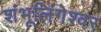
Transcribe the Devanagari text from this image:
शंभूलिंगेश्‍वर